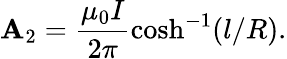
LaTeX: \mathbf{A}_{2}=\frac{{\mu_{0}I}}{{2\pi}}\cosh^{-1}(l/R).